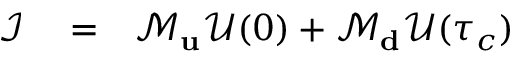
\begin{array} { r l r } { \mathcal { I } } & { { } = } & { \mathcal { M } _ { \bf u } \mathcal { U } ( 0 ) + \mathcal { M } _ { \bf d } \mathcal { U } ( \tau _ { c } ) } \end{array}